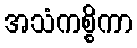
အသံကစ္စိကာ